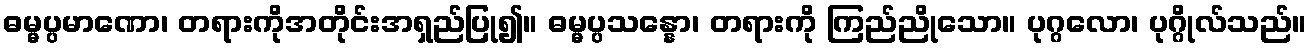
ဓမ္မပ္ပမာဏော၊ တရားကိုအတိုင်းအရှည်ပြု၍။ ဓမ္မပ္ပသန္နော၊ တရားကို ကြည်ညိုသော။ ပုဂ္ဂလော၊ ပုဂ္ဂိုလ်သည်။